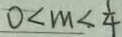
0 < m < \frac { 1 } { 4 }